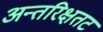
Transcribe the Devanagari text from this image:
अन्तरिक्षतट